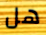
هل